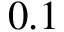
0 . 1